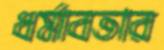
ধর্মাবতার